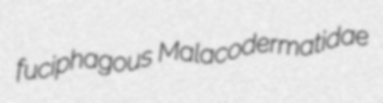
fuciphagous Malacodermatidae